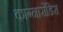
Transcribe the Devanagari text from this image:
काग्नासेंडिस